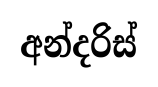
අන්දරිස්